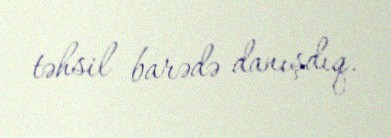
təhsil barədə danışdıq.